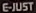
E-JUST